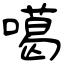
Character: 噶